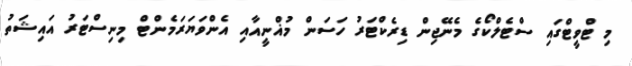
މި ޓްވީޓްގައި ސްޓެލްކޯގެ މެނޭޖިން ޑިރެކްޓަރު ހަސަން މުޣްނީއާއި އެންވަޔަރަމެންޓް މިނިސްޓަރު އައިޝަތު